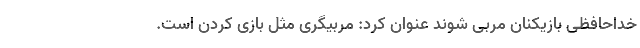
خداحافظی بازیکنان مربی شوند عنوان کرد: مربیگری مثل بازی کردن است.